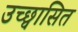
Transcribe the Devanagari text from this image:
उच्छ्वासित